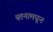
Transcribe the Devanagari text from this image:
स्तनामधून